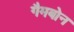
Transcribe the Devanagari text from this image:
गैमबोन